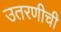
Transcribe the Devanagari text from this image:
उतरणीची